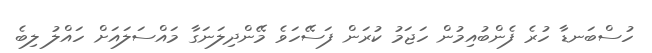
ހުސްބަނޑާ ހުރެ ފެންބުއިމުން ހަޖަމު ކުރަން ފަސޭހަވެ މޭންދިލަނަގާ މައްސަލައަށް ހައްލު ލިބެ